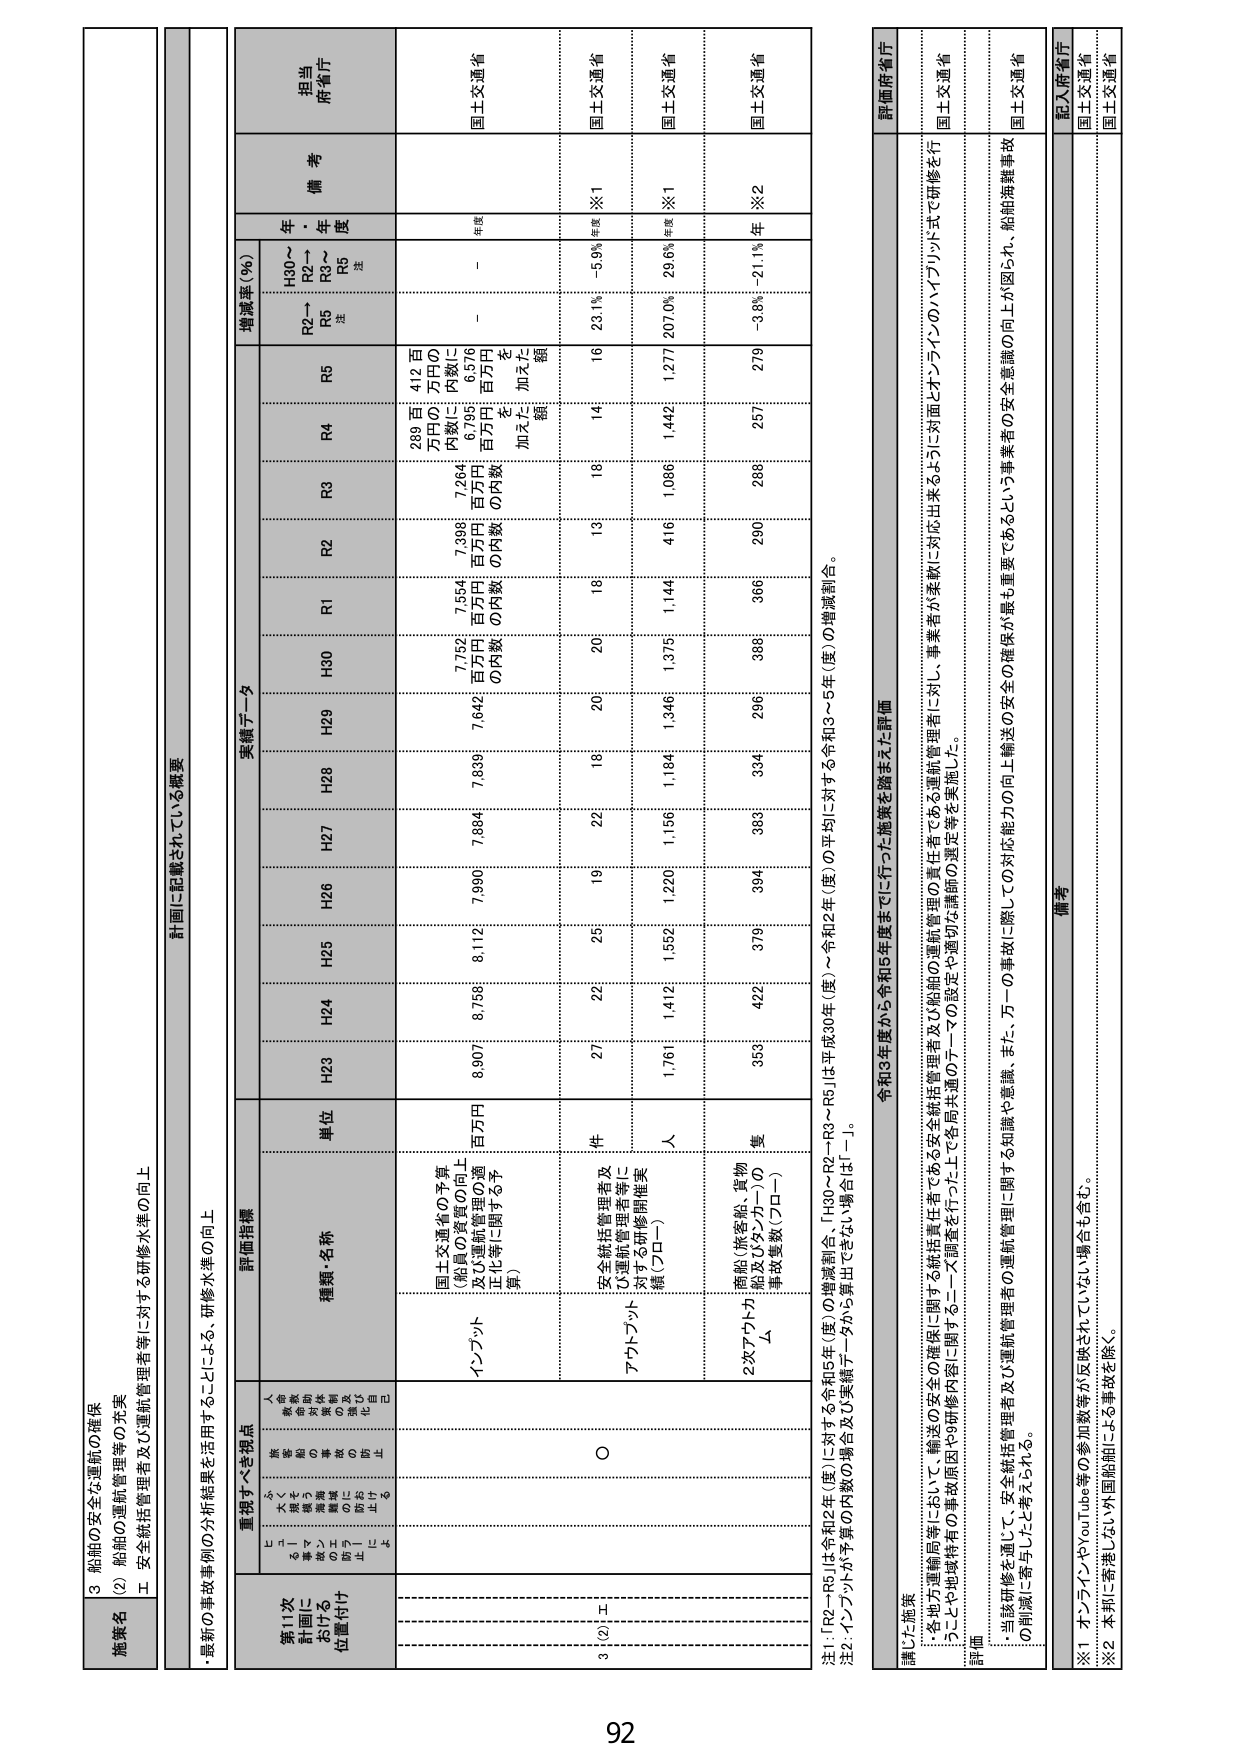
3 船舶の安全な運航の確保
(2) 船舶の運航管理者等の充実
エ 安全統括管理者及び運航管理者等に対する研修水準の向上

計画に記載されている概要
・最新の事故事例の分析結果を活用することによる、研修水準の向上

第11次
計画に
おける
位置付け
重視すべき視点
評価指標
実績データ
増減率（％）
備考
担当
府省庁

人命
を守る
ための
事故
防止に
重点を
置く
安全
確保
のため
の事故
防止に
重点を
置く
自己
評価

種類・名称
単位
H30
H29
H28
H27
H26
H25
H24
H23
R1
R2
R3
R4
R5
R2→R5
注
H30→R2～R5
注
年
度

インプット
国土交通省の予算（船員の資質の向上及び運航管理の適正化等に関する予算）
百万円
8,907
8,756
8,112
7,990
7,884
7,839
7,642
7,752
7,554
7,296
7,264
6,795
6,576
289 百万円の内数に百万円を加えた額
412 百万円の内数に百万円を加えた額
年後
国土交通省

①
②
アウトプット
安全統括管理者及び運航管理者等に対する研修開催実績（プロー）
件
27
22
25
19
22
18
20
20
18
13
18
14
16
23.1％
-5.9％ 年度 ※1
国土交通省

2次アウトプット
Δ
商船（旅客船、貨物船及びタンカー）の事故件数（プロー）
事
件
353
422
379
394
383
334
296
388
366
290
288
1,442
1,277
207.0%
29.0% 年度 ※1
国土交通省

257
279
-3.8%
-21.1% 年
※2
国土交通省

注1：「R2～R5」は令和2年（度）に対する令和5年（度）の増減割合、「H30～R2～R3～R4～R5」は平成30年（度）～令和2年（度）の平均に対する令和3～5年（度）の増減割合。
注2：インプットが半数の内数の場合は「-」、実績データが0も算出できない場合は「-」。

評価
・各地方運輸局等において、輸送の安全の確保に関する安全統括管理者及び船舶の運航管理者の責任者である運航管理者に対し、事業者が柔軟に対応出来るように対面とオンラインのハイブリッド式で研修を行う。
・5～10や地域特有の事故原因や9件の事故に関するミーティングを実施した。
・当該研修を通じて、安全統括管理者及び運航管理者の運航管理に関する知識や意識、また、万一の事故に際しての対応能力の向上、輸送の安全の確保が最も重要であるという事業者の安全意識の向上が図られ、船舶海事事故の削減に寄与したと考えられる。

評価府省庁
国土交通省
国土交通省
国土交通省

備考
※1 オンラインやYouTube等の参加数等が反映されていない場合も含む。
※2 本邦に寄港しない外国船舶による事故を除く。

記入府省庁
国土交通省
国土交通省

92